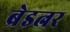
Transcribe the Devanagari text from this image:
ब्रेइत्नर